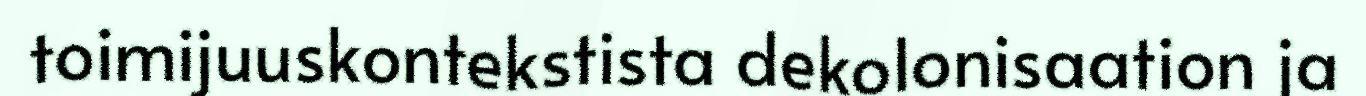
toimijuuskontekstista dekolonisaation ja